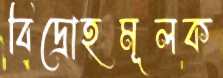
বিদ্রোহমূলক